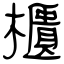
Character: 櫃